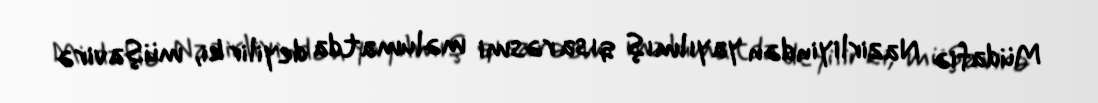
Müdafiə Nazirliyindən yayılmış qısa rəsmi məlumatda deyilir ki, müşavirə